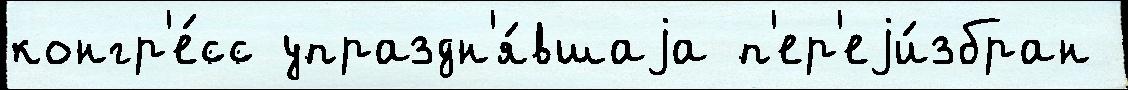
конгр'е́сс упраздн'я́вшаjа п'ер'еjи́збран